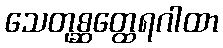
သေတုစ္ဆတ္ထေရဂါထာ